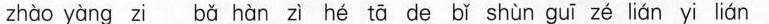
zhào yàng zi bǎ hàn zì hé tā de bǐ shùn guī zé lián yi lián